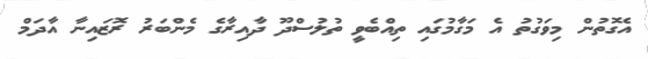
އެގޮތުން މިވަގުތު އެ މަގާމުގައި ތިއްބެވީ ތުލުސްދޫ ދާއިރާގެ މެންބަރު ރޮޒައިނާ އާދަމް